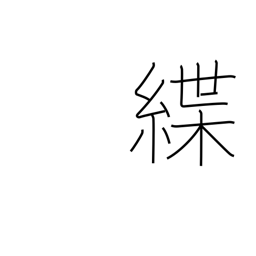
Meaning: leash